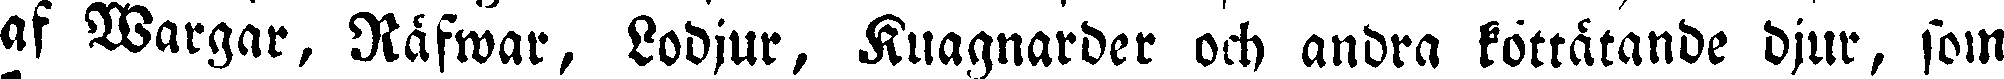
af Wargar, Räfwar, Lodjur, Kuagnarder och andra köttätande djur, som